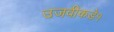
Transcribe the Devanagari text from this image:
उजवीकडे१